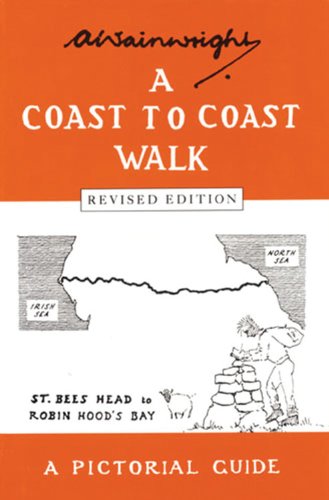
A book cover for A Coast to Coast Walk: A Pictoral Guide (Wainwright Pictorial Guides); Travel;